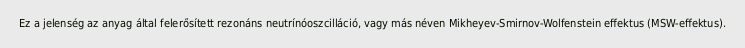
Ez a jelenség az anyag által felerősített rezonáns neutrínóoszcilláció, vagy más néven Mikheyev-Smirnov-Wolfenstein effektus (MSW-effektus).